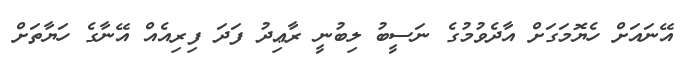
އޭނައަށް ހެޔޮމަގަށް އާދެވުމުގެ ނަސީބު ލިބުނީ ރާޢިދު ފަދަ ފިރިއެއް އޭނާގެ ހަޔާތަށް